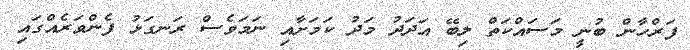
ފަރްހާން ބުނީ މަސައްކަތް ލިބޭ އަދަދު މަދު ކަމަށާއި ނަމަވެސް ރަނގަޅު ފެންވަރެއްގައި